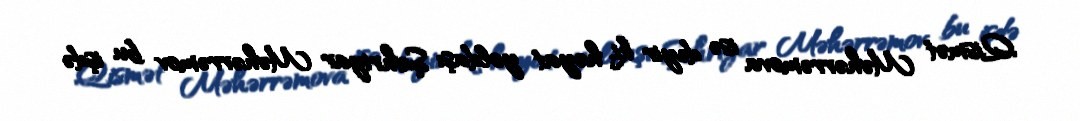
Qismət Məhərrəmova isə deyir ki, həyat yoldaşı Şəhriyar Məhərrəmov bu işdə